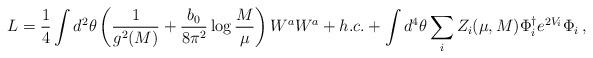
LaTeX: \begin{align*}L= {1 \over 4} \int d^2 \theta\left( {1 \over g^2(M) } + {b_0 \over 8 \pi^2} \log {M \over \mu}\right) W^a W^a + h.c. + \int d^4\theta \sum_i Z_i(\mu, M) \Phi_i^{\dagger}e^{2V_i} \Phi_i \, ,\end{align*}